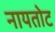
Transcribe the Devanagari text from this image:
नायतोट